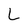
Character: L